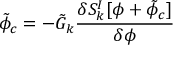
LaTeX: { \tilde { \phi } } _ { c } = - { \tilde { G } } _ { k } { \frac { \delta S _ { k } ^ { I } [ \phi + { \tilde { \phi } _ { c } } ] } { \delta \phi } }